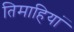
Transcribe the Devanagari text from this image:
तिमाहियां